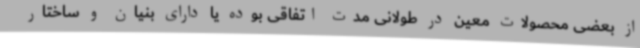
از بعضی محصولات معین در طولانی مدت اتفاقی بوده یا دارای بنیان و ساختار